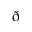
\eth